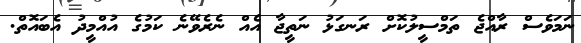
ނަމަވެސް ރާއްޖެ ތަމްސީލުކޮށް ރަނގަޅު ނަތީޖާ އެއް ނެރެވޭނެ ކަމުގެ އުއްމީދު އެބައޮތް.